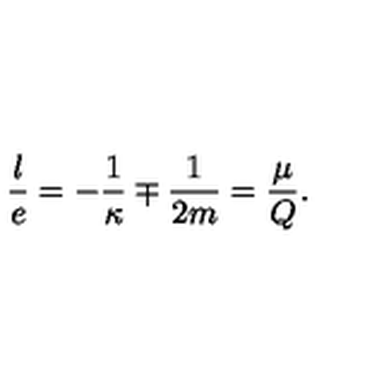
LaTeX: \frac { l } { e } = - \frac { 1 } { \kappa } \mp \frac { 1 } { 2 m } = \frac { \mu } { Q } .